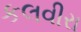
કલવીરા